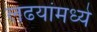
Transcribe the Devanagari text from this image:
लढयांमध्ये